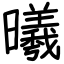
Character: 曦